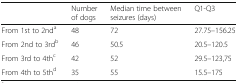
<table><thead><tr><td></td><td><b>Number of dogs</b></td><td><b>Median time between seizures (days)</b></td><td><b>Q1-Q3</b></td></tr></thead><tbody><tr><td>From 1st to 2nd<sup>a</sup></td><td>48</td><td>72</td><td>27.75–156.25</td></tr><tr><td>From 2nd to 3rd<sup>b</sup></td><td>46</td><td>50.5</td><td>20.5–120.5</td></tr><tr><td>From 3rd to 4th<sup>c</sup></td><td>42</td><td>52</td><td>29.5–123,75</td></tr><tr><td>From 4th to 5th<sup>d</sup></td><td>35</td><td>55</td><td>15.5–175</td></tr></tbody></table>